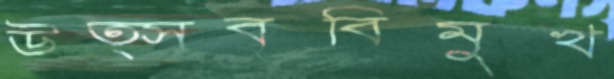
উত্সববিমুখ